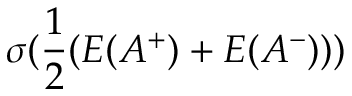
\sigma ( \frac { 1 } { 2 } ( { E } ( A ^ { + } ) + { E } ( A ^ { - } ) ) )